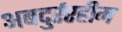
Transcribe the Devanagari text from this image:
अबदुर्ररहीम